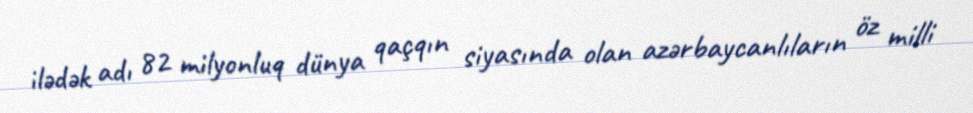
ilədək adı 82 milyonluq dünya qaçqın siyasında olan azərbaycanlıların öz milli